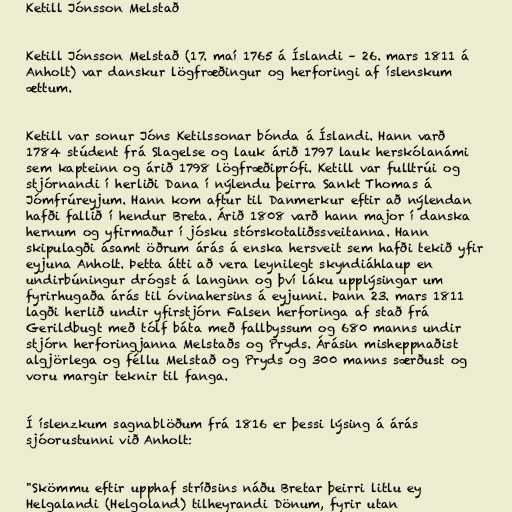
Ketill Jónsson Melstað

Ketill Jónsson Melstað (17. maí 1765 á Íslandi – 26. mars 1811 á
Anholt) var danskur lögfræðingur og herforingi af íslenskum
ættum.

Ketill var sonur Jóns Ketilssonar bónda á Íslandi. Hann varð
1784 stúdent frá Slagelse og lauk árið 1797 lauk herskólanámi
sem kapteinn og árið 1798 lögfræðiprófi. Ketill var fulltrúi og
stjórnandi í herliði Dana í nýlendu þeirra Sankt Thomas á
Jómfrúreyjum. Hann kom aftur til Danmerkur eftir að nýlendan
hafði fallið í hendur Breta. Árið 1808 varð hann major í danska
hernum og yfirmaður í jósku stórskotaliðssveitanna. Hann
skipulagði ásamt öðrum árás á enska hersveit sem hafði tekið yfir
eyjuna Anholt. Þetta átti að vera leynilegt skyndiáhlaup en
undirbúningur drógst á langinn og því láku upplýsingar um
fyrirhugaða árás til óvinahersins á eyjunni. Þann 23. mars 1811
lagði herlið undir yfirstjórn Falsen herforinga af stað frá
Gerildbugt með tólf báta með fallbyssum og 680 manns undir
stjórn herforingjanna Melstaðs og Pryds. Árásin misheppnaðist
algjörlega og féllu Melstað og Pryds og 300 manns særðust og
voru margir teknir til fanga.

Í íslenzkum sagnablöðum frá 1816 er þessi lýsing á árás
sjóorustunni við Anholt:

"Skömmu eftir upphaf stríðsins náðu Bretar þeirri litlu ey
Helgalandi (Helgoland) tilheyrandi Dönum, fyrir utan